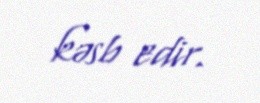
kəsb edir.